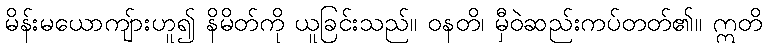
မိန်းမယောကျ်ားဟူ၍ နိမိတ်ကို ယူခြင်းသည်။ ဝနတိ၊ မှီဝဲဆည်းကပ်တတ်၏။ ဣတိ